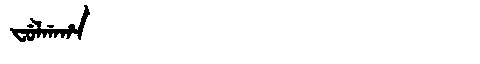
Manchu: ᠸᡠᠯᡤᠠᡥᠠ
Romanization: FULGAHA